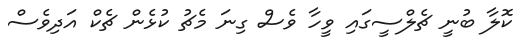
ކޮލާ ބުނީ ޗެލްސީގައި ވީހާ ވެސް ގިނަ މެޗު ކުޅެން ޗެކް އަދިވެސް